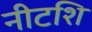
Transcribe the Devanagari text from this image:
नीटशि